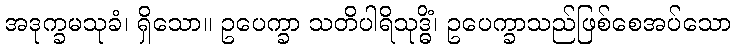
အဒုက္ခမသုခံ၊ ရှိသော။ ဥပေက္ခာ သတိပါရိသုဒ္ဓိံ၊ ဥပေက္ခာသည်ဖြစ်စေအပ်သော